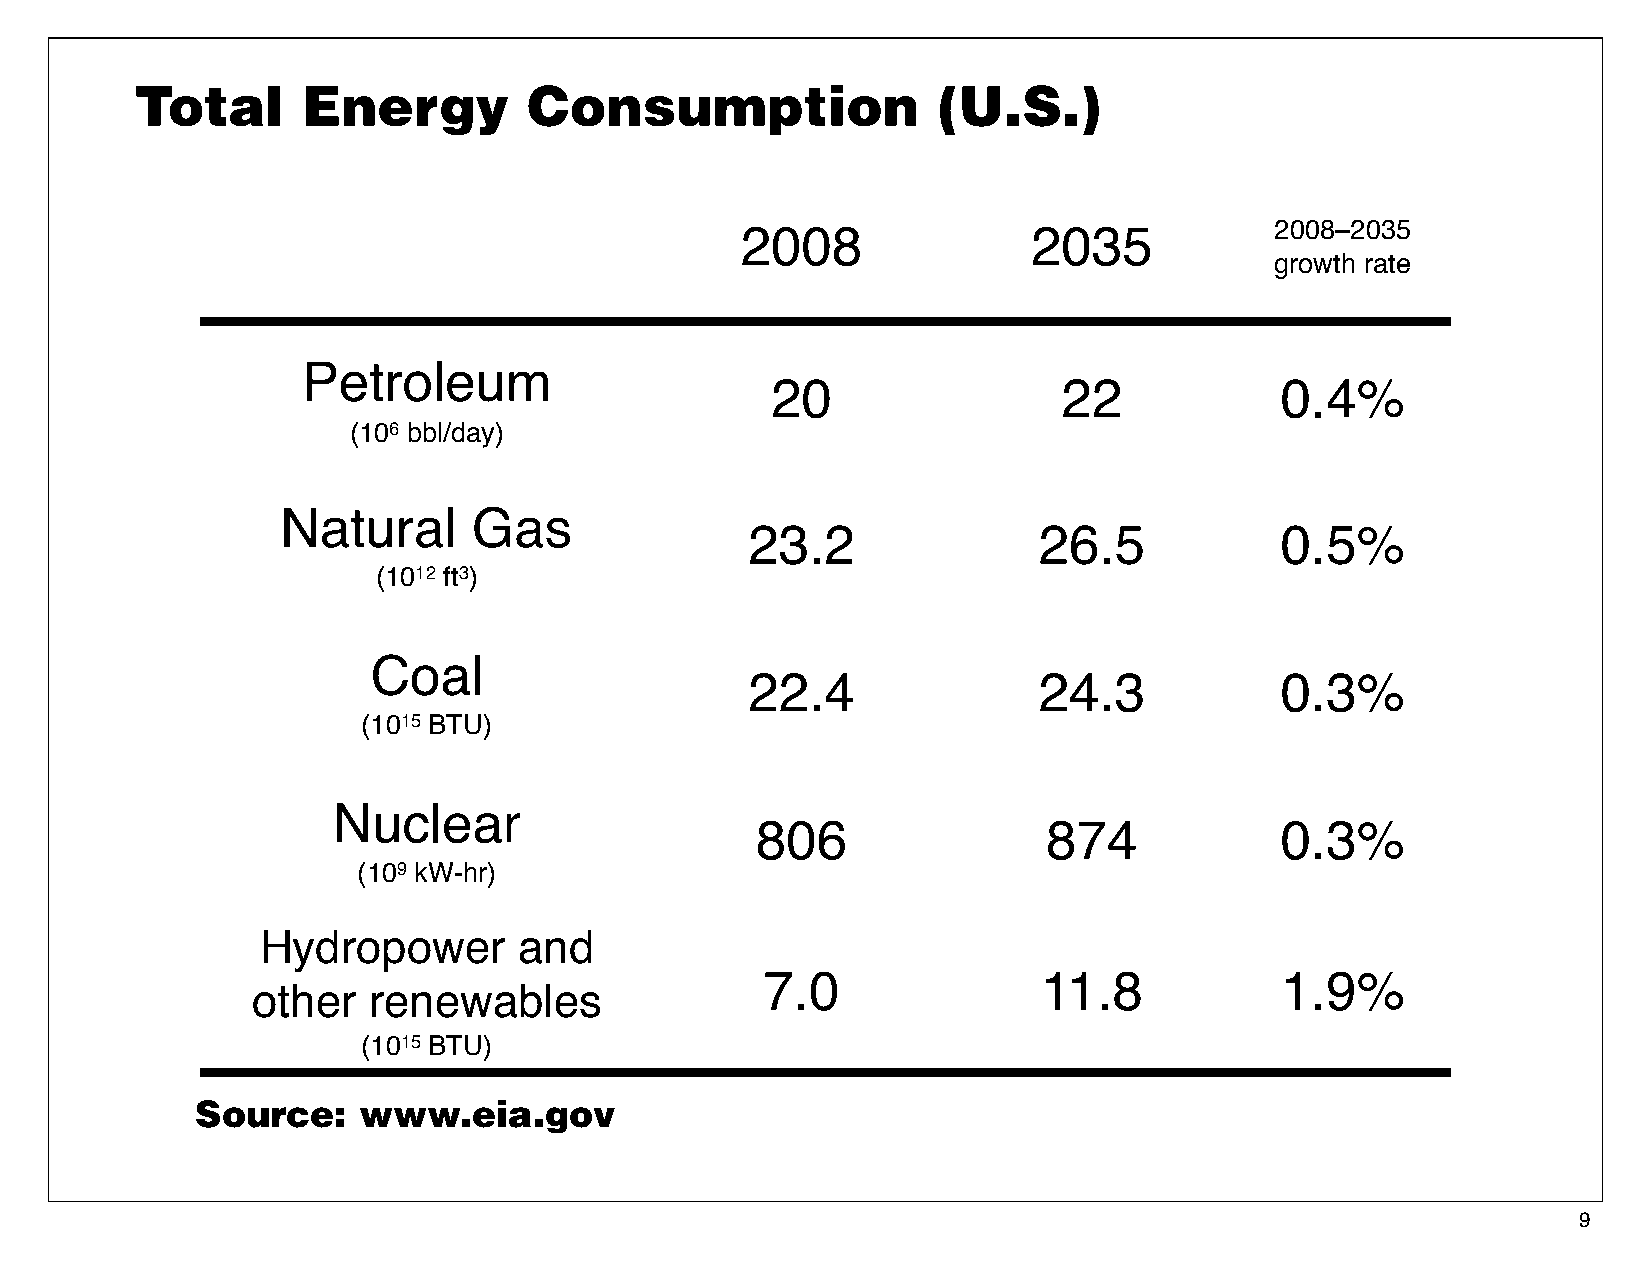
Total      Energy         Consumption                (U.S.)
 2008               2035            2008–2035
 growth rate
 Petroleum
 20                 22             0.4%
 (106 bbl/day)
 Natural     Gas
 23.2               26.5            0.5%
 (1012 ft3)
 Coal
 22.4               24.3            0.3%
 (1015 BTU)
 Nuclear
 806                874             0.3%
 (109 kW-hr)
 Hydropower       and
 7.0               11.8            1.9%
 other  renewables
 (1015 BTU)
 Source:    www.eia.gov
 9